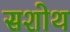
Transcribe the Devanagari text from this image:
सशोथ